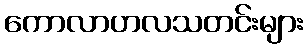
ကောလာဟလသတင်းများ